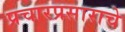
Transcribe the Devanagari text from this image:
प्रचारप्रसाराचे